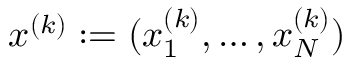
x ^ { ( k ) } : = ( x _ { 1 } ^ { ( k ) } , \ldots , x _ { N } ^ { ( k ) } )